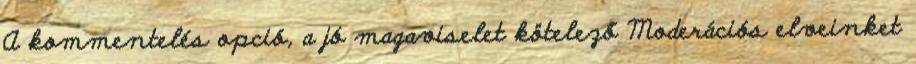
A kommentelés opció, a jó magaviselet kötelező Moderációs elveinket